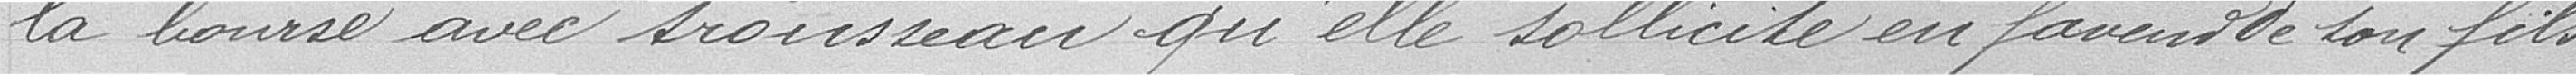
la bourse avec trousseau qu'elle sollicite en faveur de son fils